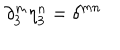
\partial _ { 3 } ^ { m } \eta _ { 3 } ^ { n } = \delta ^ { m n }